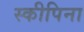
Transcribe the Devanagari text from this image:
स्कीपिना